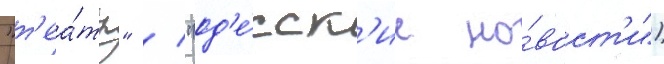
"т'еа́тр" / "од'е́сск'ие но́вост'и")